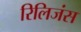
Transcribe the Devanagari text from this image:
रिलिजंस